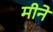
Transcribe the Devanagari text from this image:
मीने